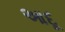
આદૂ